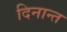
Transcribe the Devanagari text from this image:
दिनान्त